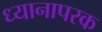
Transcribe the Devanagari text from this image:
ध्यानापरक